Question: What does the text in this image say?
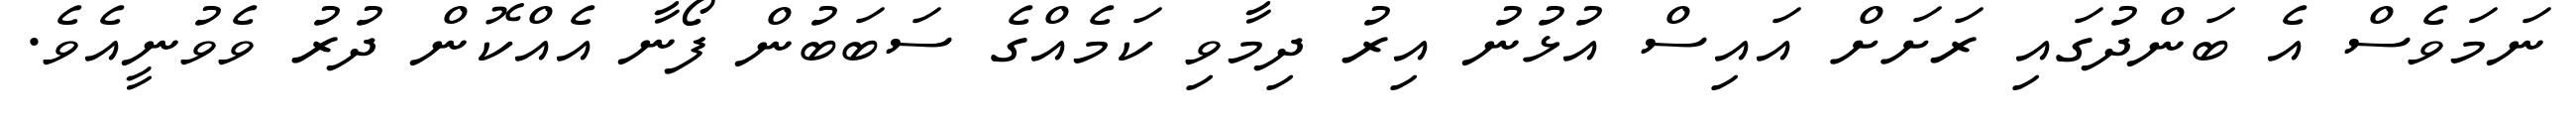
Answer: ނަމަވެސް އެ ބަންދުގައި ރަށަށް އައިސް އުޅުނު އިރު ދިމާވި ކަމެއްގެ ސަބަބުން ފޯނާ އެއްކޮން ދުރު ވެވުނީއެވެ.